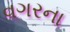
વગરના